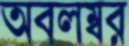
অবলম্বর